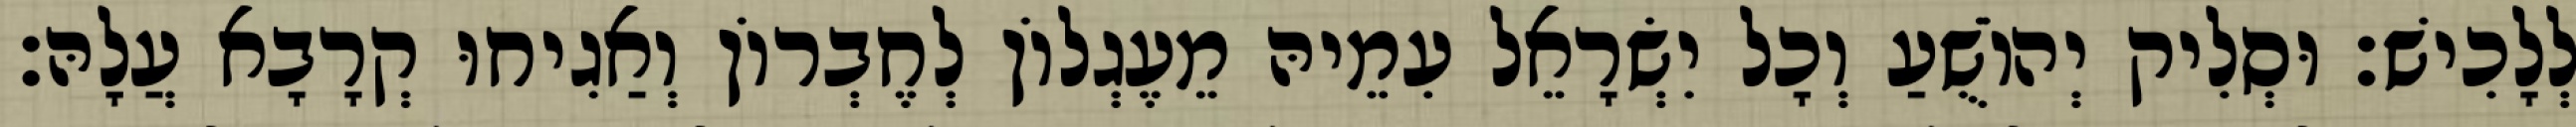
לְלָכִישׁ׃ וּסְלִיק יְהוֹשֻׁעַ וְכָל יִשְׂרָאֵל עִמֵיהּ מֵעֶגְלוֹן לְחֶבְרוֹן וְאַגִיחוּ קְרָבָא עֲלָהּ׃